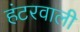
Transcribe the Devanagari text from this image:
हंटरवाली